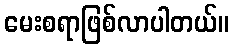
မေးစရာဖြစ်လာပါတယ်။